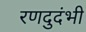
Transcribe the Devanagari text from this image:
रणदुदंभी